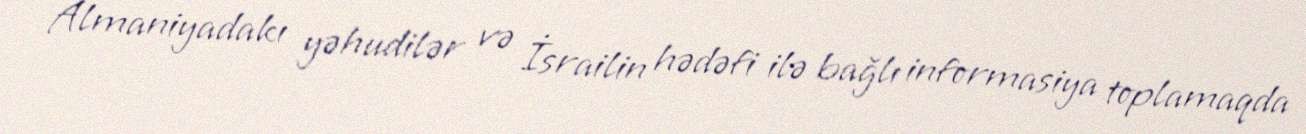
Almaniyadakı yəhudilər və İsrailin hədəfi ilə bağlı informasiya toplamaqda